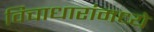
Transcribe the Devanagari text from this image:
विचाधारांमध्ये